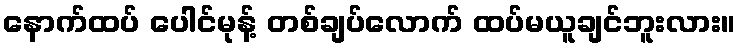
နောက်ထပ် ပေါင်မုန့် တစ်ချပ်လောက် ထပ်မယူချင်ဘူးလား။